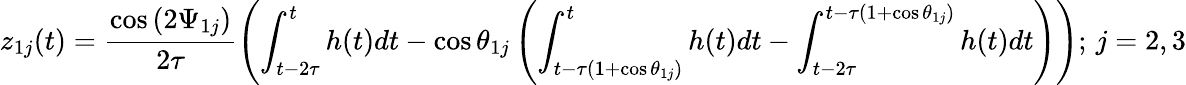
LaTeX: z_{1j}(t)=\frac{\cos{(2\Psi_{1j})}}{2\tau}\left(\int_{t-2\tau}^{t}h(t)dt-\cos{\theta_{1j}}\left(\int_{t-\tau(1+\cos\theta_{1j})}^{t}h(t)dt-\int_{t-2\tau}^{t-\tau(1+\cos\theta_{1j})}h(t)dt\right)\right);\, j=2,3